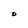
Character: O